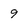
Character: 9